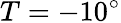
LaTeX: T=-10^{\circ}